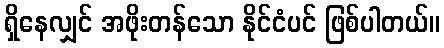
ရှိနေလျှင် အဖိုးတန်သော နိုင်ငံပင် ဖြစ်ပါတယ်။